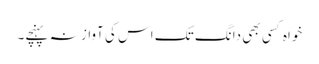
خواہ کسی بھی دانگ تک اس کی آواز نہ پہنچے۔